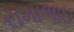
રામાભાઇ